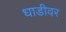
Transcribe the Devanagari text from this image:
धाडीवर